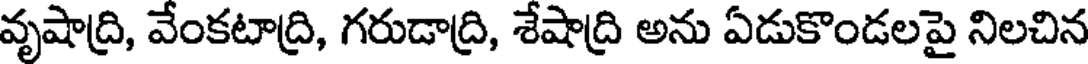
వృషాద్రి, వేంకటాద్రి, గరుడాద్రి, శేషాద్రి అను ఏడుకొండలపై నిలచిన